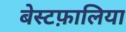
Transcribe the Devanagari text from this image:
बेस्टफ़ालिया